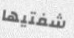
شفتيها